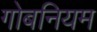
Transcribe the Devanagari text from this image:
गोबनियम